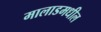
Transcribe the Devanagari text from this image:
मालाडमधील